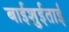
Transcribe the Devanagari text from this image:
बाईशुईताई